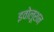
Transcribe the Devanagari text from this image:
इवोलूशन